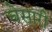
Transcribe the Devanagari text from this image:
चेसारी